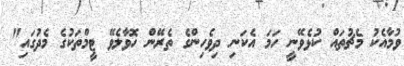
ވުމާއެކު މެޗުތައް ކުޅެވޭނީ ހަމަ އެކަނި ދިވެހިންގެ ތެރޭން ހޮވާލެވޭ ޓީމްތަކުގެ މެދުގައި"